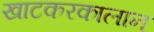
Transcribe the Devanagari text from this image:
खाटकरकालान